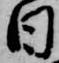
日